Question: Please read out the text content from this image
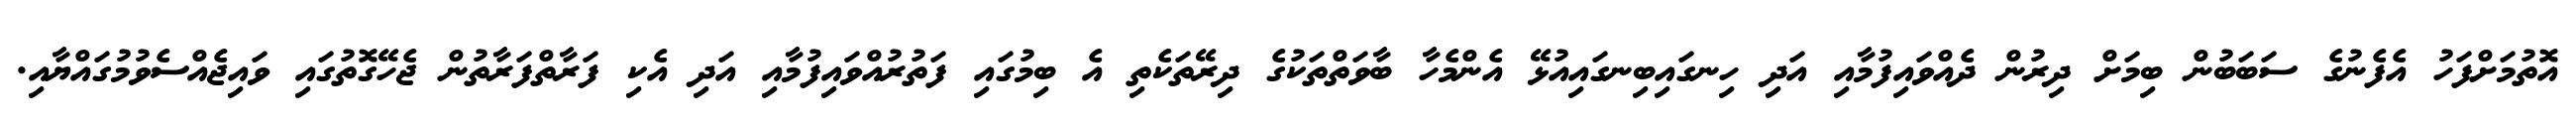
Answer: އޮތުމަށްފަހު އެފެނުގެ ސަބަބުން ބިމަށް ދިރުން ދެއްވައިފުމާއި އަދި ހިނގައިބިނގައިއުޅޭ އެންމެހާ ބާވަތްތަކުގެ ދިރޭތަކެތި އެ ބިމުގައި ފަތުރުއްވައިފުމާއި އަދި އެކި ފަރާތްފަރާތުން ޖެހޭގޮތުގައި ވައިޖެއްސެވުމުގައްޔާއި.